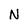
Character: N